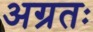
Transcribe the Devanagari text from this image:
अग्रतः